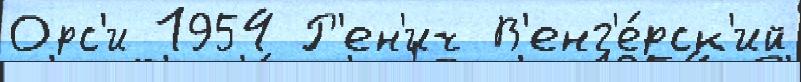
Орс'и 1954 Р'ен'ич В'енг'е́рск'ий